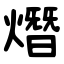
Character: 熸